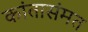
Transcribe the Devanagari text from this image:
कांतासंमत